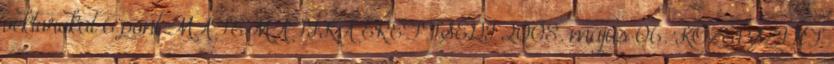
vektorokat 6 pont MATEMATIKA ÉRETTSÉGI 2008. május 06. KÖZÉPSZINT